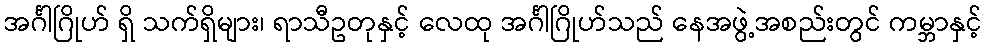
အင်္ဂါဂြိုဟ် ရှိ သက်ရှိများ၊ ရာသီဥတုနှင့် လေထု အင်္ဂါဂြိုဟ်သည် နေအဖွဲ့အစည်းတွင် ကမ္ဘာနှင့်